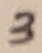
Text: 3